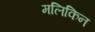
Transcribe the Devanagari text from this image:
मलिकिन